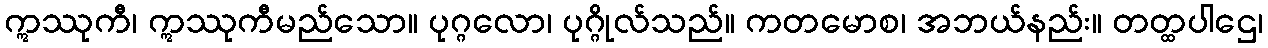
ဣဿုကီ၊ ဣဿုကီမည်သော။ ပုဂ္ဂလော၊ ပုဂ္ဂိုလ်သည်။ ကတမောစ၊ အဘယ်နည်း။ တတ္ထပါဌေ၊